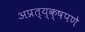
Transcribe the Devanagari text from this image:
अप्रत्य्क्षपणे